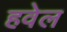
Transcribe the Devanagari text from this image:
हवेल